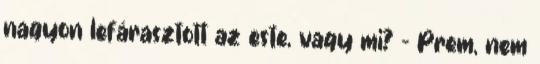
nagyon lefárasztott az este, vagy mi? - Prem, nem